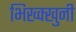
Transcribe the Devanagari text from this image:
भिख्क्खुनी